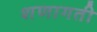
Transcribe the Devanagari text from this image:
शणागती